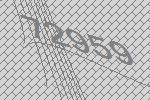
72959